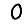
Digit: 0